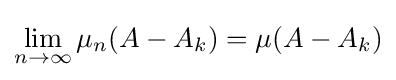
\lim _{n\to \infty }\mu _{n}(A-A_{k})=\mu (A-A_{k})